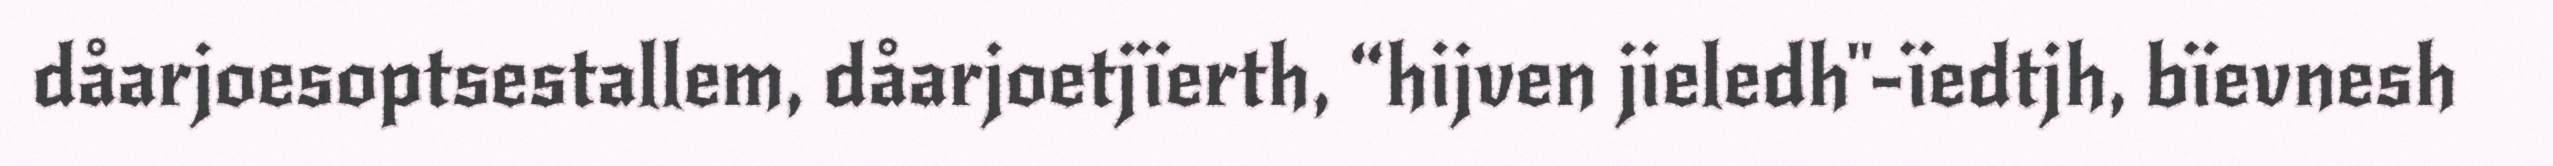
dåarjoesoptsestallem, dåarjoetjïerth, “hijven jieledh"-ïedtjh, bïevnesh